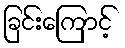
ခြင်းကြောင့်